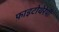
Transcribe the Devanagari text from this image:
फ़ाइटोथेरेपी